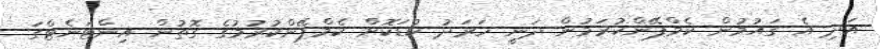
އަދި އެ ގައުމުން ކެމްޕޭންކުރަމުން ދަނީ ހަރަދު ކުޑަކޮށް ކެމްޕޭންކުރުމުގެ ގޮތުން އިންޓަނެޓްގަ